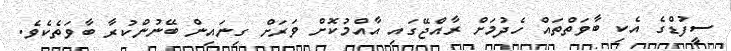
ސީފުޑްގެ އެކި ބާވަތްތައް ހެދުމަށް ރާއްޖޭގައި އާއްމުކޮށް ވަރަށް ގިނައިން ބޭނުންކުރާ ބާވަތެކެވެ.